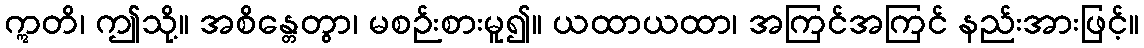
ဣတိ၊ ဤသို့။ အစိန္တေတွာ၊ မစဉ်းစားမူ၍။ ယထာယထာ၊ အကြင်အကြင် နည်းအားဖြင့်။